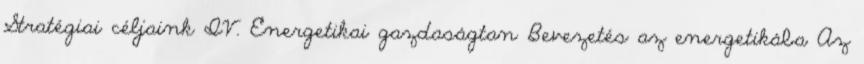
Stratégiai céljaink IV. Energetikai gazdaságtan Bevezetés az energetikába Az